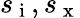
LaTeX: s_{\mathrm{~i~}},s_{\mathrm{~x~}}